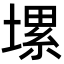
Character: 𡏱